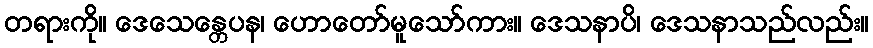
တရားကို။ ဒေသေန္တေပန၊ ဟောတော်မူသော်ကား။ ဒေသနာပိ၊ ဒေသနာသည်လည်း။